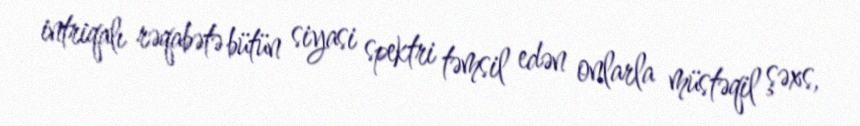
intriqalı rəqabətə bütün siyasi spektri təmsil edən onlarla müstəqil şəxs,